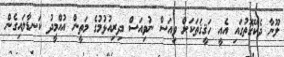
ލޫނާ ދެކޭގޮތުގައި އެއީ ހަޤީޤަތަކަށް ވިއަސް ނުވިއަސް ދިރިއުޅުމުގެ މަތީން އުއްމީދު ކަނޑާލައިގެން